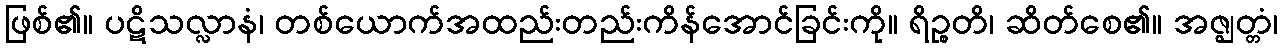
ဖြစ်၏။ ပဋိသလ္လာနံ၊ တစ်ယောက်အထည်းတည်းကိန်အောင်ခြင်းကို။ ရိဉ္စတိ၊ ဆိတ်စေ၏။ အဇ္ဈတ္တံ၊